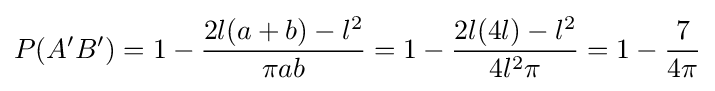
P(A'B')=1-{\frac {2l(a+b)-l^{2}}{\pi ab}}=1-{\frac {2l(4l)-l^{2}}{4l^{2}\pi }}=1-{\frac {7}{4\pi }}